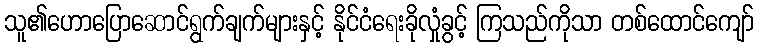
သူ၏ဟောပြောဆောင်ရွက်ချက်များနှင့် နိုင်ငံရေးခိုလှုံခွင့် ကြသည်ကိုသာ တစ်ထောင်ကျော်